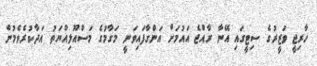
ހާރިޖީ ވަޒީރުގެ ސިޓީގައި އޭނާ ރާއްޖެ އައުމަށް އަންގާފައިވަނީ މަގާމުގެ މަސްއޫލިއްޔަތު އަދާކުރެވެމުން